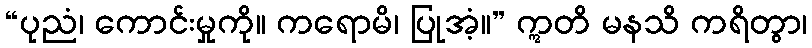
“ပုညံ၊ ကောင်းမှုကို။ ကရောမိ၊ ပြုအံ့။” ဣတိ မနသိ ကရိတွာ၊